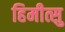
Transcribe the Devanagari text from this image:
हिमीत्सु